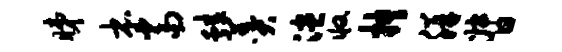
睇本当蛙羹漶收抉胼督